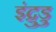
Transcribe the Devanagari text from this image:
इंद्रुडु